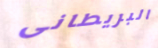
البريطانى